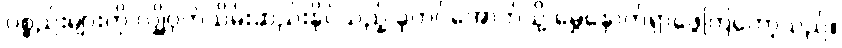
ပစ္စည်းများကို လျှို့ဝှက်သိမ်းဆည်းနိုင်သည့် ခုတင်အောက်သို့ မွှေနှောက်ရှာဖွေကြတော့သည်။